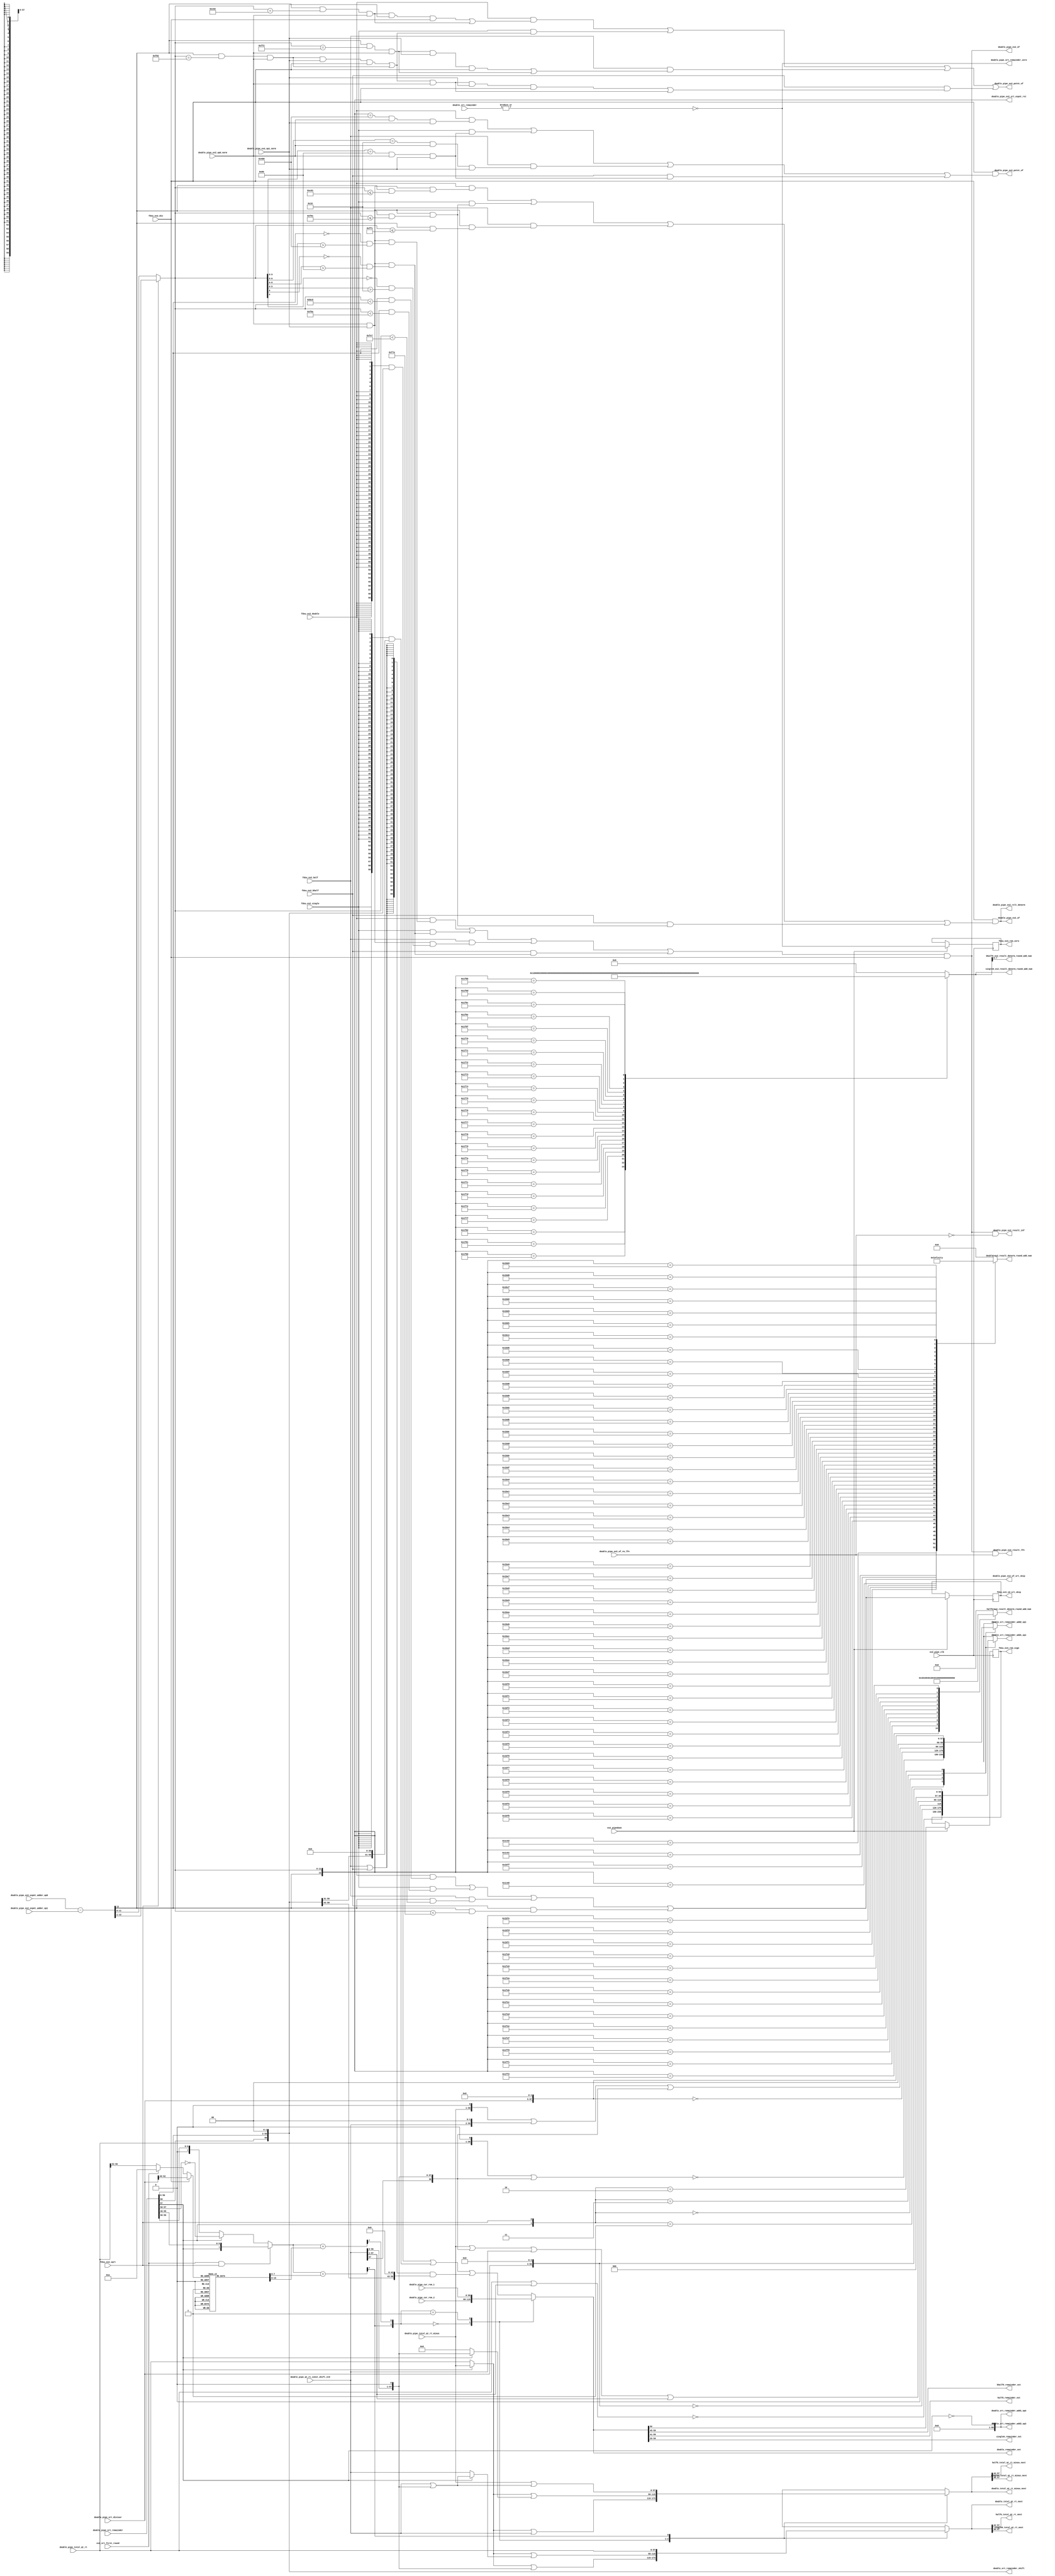
/*Copyright 2020-2021 T-Head Semiconductor Co., Ltd.

Licensed under the Apache License, Version 2.0 (the "License");
you may not use this file except in compliance with the License.
You may obtain a copy of the License at

    http://www.apache.org/licenses/LICENSE-2.0

Unless required by applicable law or agreed to in writing, software
distributed under the License is distributed on an "AS IS" BASIS,
WITHOUT WARRANTIES OR CONDITIONS OF ANY KIND, either express or implied.
See the License for the specific language governing permissions and
limitations under the License.
*/

// &ModuleBeg; @23
module aq_fdsu_srt(
  bhalf0_ex2_result_denorm_round_add_num,
  bhalf0_remainder_nxt,
  double_ex2_result_denorm_round_add_num,
  double_pipe_cur_rem_1,
  double_pipe_cur_rem_2,
  double_pipe_ex2_expnt_adder_op0,
  double_pipe_ex2_expnt_adder_op1,
  double_pipe_ex2_of,
  double_pipe_ex2_of_rm_lfn,
  double_pipe_ex2_op0_norm,
  double_pipe_ex2_op1_norm,
  double_pipe_ex2_potnt_of,
  double_pipe_ex2_potnt_uf,
  double_pipe_ex2_result_inf,
  double_pipe_ex2_result_lfn,
  double_pipe_ex2_rslt_denorm,
  double_pipe_ex2_srt_expnt_rst,
  double_pipe_ex2_uf,
  double_pipe_ex2_uf_srt_skip,
  double_pipe_qt_rt_const_shift_std,
  double_pipe_srt_divisor,
  double_pipe_srt_remainder,
  double_pipe_srt_remainder_zero,
  double_pipe_total_qt_rt,
  double_pipe_total_qt_rt_minus,
  double_remainder_nxt,
  double_srt_remainder,
  double_srt_remainder_add1_op1,
  double_srt_remainder_add1_op2,
  double_srt_remainder_add2_op1,
  double_srt_remainder_add2_op2,
  double_srt_remainder_shift,
  double_total_qt_rt_minus_next,
  double_total_qt_rt_next,
  ex2_pipe_clk,
  ex2_pipedown,
  ex2_srt_first_round,
  fdsu_ex2_bhalf,
  fdsu_ex2_div,
  fdsu_ex2_double,
  fdsu_ex2_half,
  fdsu_ex2_single,
  fdsu_ex2_sqrt,
  fdsu_ex3_id_srt_skip,
  fdsu_ex3_rem_sign,
  fdsu_ex3_rem_zero,
  half0_ex2_result_denorm_round_add_num,
  half0_remainder_nxt,
  half0_total_qt_rt_minus_next,
  half0_total_qt_rt_next,
  single0_ex2_result_denorm_round_add_num,
  single0_remainder_nxt,
  single0_total_qt_rt_minus_next,
  single0_total_qt_rt_next
);

// &Ports; @24
input   [59:0]  double_pipe_cur_rem_1;                  
input   [59:0]  double_pipe_cur_rem_2;                  
input   [12:0]  double_pipe_ex2_expnt_adder_op0;        
input   [12:0]  double_pipe_ex2_expnt_adder_op1;        
input           double_pipe_ex2_of_rm_lfn;              
input           double_pipe_ex2_op0_norm;               
input           double_pipe_ex2_op1_norm;               
input   [57:0]  double_pipe_qt_rt_const_shift_std;      
input   [52:0]  double_pipe_srt_divisor;                
input   [59:0]  double_pipe_srt_remainder;              
input   [57:0]  double_pipe_total_qt_rt;                
input   [57:0]  double_pipe_total_qt_rt_minus;          
input   [59:0]  double_srt_remainder;                   
input           ex2_pipe_clk;                           
input           ex2_pipedown;                           
input           ex2_srt_first_round;                    
input           fdsu_ex2_bhalf;                         
input           fdsu_ex2_div;                           
input           fdsu_ex2_double;                        
input           fdsu_ex2_half;                          
input           fdsu_ex2_single;                        
input           fdsu_ex2_sqrt;                          
output  [7 :0]  bhalf0_ex2_result_denorm_round_add_num; 
output  [14:0]  bhalf0_remainder_nxt;                   
output  [52:0]  double_ex2_result_denorm_round_add_num; 
output          double_pipe_ex2_of;                     
output          double_pipe_ex2_potnt_of;               
output          double_pipe_ex2_potnt_uf;               
output          double_pipe_ex2_result_inf;             
output          double_pipe_ex2_result_lfn;             
output          double_pipe_ex2_rslt_denorm;            
output  [12:0]  double_pipe_ex2_srt_expnt_rst;          
output          double_pipe_ex2_uf;                     
output          double_pipe_ex2_uf_srt_skip;            
output          double_pipe_srt_remainder_zero;         
output  [59:0]  double_remainder_nxt;                   
output  [59:0]  double_srt_remainder_add1_op1;          
output  [59:0]  double_srt_remainder_add1_op2;          
output  [59:0]  double_srt_remainder_add2_op1;          
output  [59:0]  double_srt_remainder_add2_op2;          
output  [59:0]  double_srt_remainder_shift;             
output  [57:0]  double_total_qt_rt_minus_next;          
output  [57:0]  double_total_qt_rt_next;                
output          fdsu_ex3_id_srt_skip;                   
output          fdsu_ex3_rem_sign;                      
output          fdsu_ex3_rem_zero;                      
output  [10:0]  half0_ex2_result_denorm_round_add_num;  
output  [18:0]  half0_remainder_nxt;                    
output  [15:0]  half0_total_qt_rt_minus_next;           
output  [15:0]  half0_total_qt_rt_next;                 
output  [23:0]  single0_ex2_result_denorm_round_add_num; 
output  [30:0]  single0_remainder_nxt;                  
output  [27:0]  single0_total_qt_rt_minus_next;         
output  [27:0]  single0_total_qt_rt_next;               

// &Regs; @25
reg     [59:0]  cur_rem;                                
reg     [7 :0]  digit_bound_1;                          
reg     [7 :0]  digit_bound_2;                          
reg     [52:0]  double_ex2_result_denorm_round_add_num; 
reg             fdsu_ex3_id_srt_skip;                   
reg             fdsu_ex3_rem_sign;                      
reg             fdsu_ex3_rem_zero;                      
reg     [10:0]  half0_ex2_result_denorm_round_add_num;  
reg     [7 :0]  qtrt_sel_rem;                           
reg     [59:0]  rem_add1_op1;                           
reg     [18:0]  rem_add1_op1_h;                         
reg     [30:0]  rem_add1_op1_s;                         
reg     [59:0]  rem_add2_op1;                           
reg     [18:0]  rem_add2_op1_h;                         
reg     [30:0]  rem_add2_op1_s;                         
reg     [23:0]  single0_ex2_result_denorm_round_add_num; 
reg     [57:0]  total_qt_rt_minus_next;                 
reg     [57:0]  total_qt_rt_next;                       

// &Wires; @26
wire    [7 :0]  bhalf0_ex2_result_denorm_round_add_num; 
wire    [14:0]  bhalf0_remainder_nxt;                   
wire    [7 :0]  bound1_cmp_result;                      
wire            bound1_cmp_sign;                        
wire    [7 :0]  bound2_cmp_result;                      
wire            bound2_cmp_sign;                        
wire    [3 :0]  bound_sel;                              
wire    [59:0]  div_qt_1_rem_add_op1;                   
wire    [18:0]  div_qt_1_rem_add_op1_h;                 
wire    [30:0]  div_qt_1_rem_add_op1_s;                 
wire    [59:0]  div_qt_2_rem_add_op1;                   
wire    [18:0]  div_qt_2_rem_add_op1_h;                 
wire    [30:0]  div_qt_2_rem_add_op1_s;                 
wire    [59:0]  div_qt_r1_rem_add_op1;                  
wire    [18:0]  div_qt_r1_rem_add_op1_h;                
wire    [30:0]  div_qt_r1_rem_add_op1_s;                
wire    [59:0]  div_qt_r2_rem_add_op1;                  
wire    [18:0]  div_qt_r2_rem_add_op1_h;                
wire    [30:0]  div_qt_r2_rem_add_op1_s;                
wire    [59:0]  double_pipe_cur_rem_1;                  
wire    [59:0]  double_pipe_cur_rem_2;                  
wire    [12:0]  double_pipe_ex2_expnt_adder_op0;        
wire    [12:0]  double_pipe_ex2_expnt_adder_op1;        
wire            double_pipe_ex2_of;                     
wire            double_pipe_ex2_of_rm_lfn;              
wire            double_pipe_ex2_op0_norm;               
wire            double_pipe_ex2_op1_norm;               
wire            double_pipe_ex2_potnt_of;               
wire            double_pipe_ex2_potnt_uf;               
wire            double_pipe_ex2_result_inf;             
wire            double_pipe_ex2_result_lfn;             
wire            double_pipe_ex2_rslt_denorm;            
wire    [12:0]  double_pipe_ex2_srt_expnt_rst;          
wire            double_pipe_ex2_uf;                     
wire            double_pipe_ex2_uf_srt_skip;            
wire    [57:0]  double_pipe_qt_rt_const_shift_std;      
wire    [52:0]  double_pipe_srt_divisor;                
wire    [59:0]  double_pipe_srt_remainder;              
wire            double_pipe_srt_remainder_zero;         
wire    [57:0]  double_pipe_total_qt_rt;                
wire    [57:0]  double_pipe_total_qt_rt_minus;          
wire    [59:0]  double_remainder_nxt;                   
wire    [59:0]  double_srt_remainder;                   
wire    [59:0]  double_srt_remainder_add1_op1;          
wire    [59:0]  double_srt_remainder_add1_op2;          
wire    [59:0]  double_srt_remainder_add2_op1;          
wire    [59:0]  double_srt_remainder_add2_op2;          
wire    [59:0]  double_srt_remainder_shift;             
wire            double_srt_remainder_zero;              
wire    [57:0]  double_total_qt_rt_minus_next;          
wire    [57:0]  double_total_qt_rt_next;                
wire            ex2_bhalf_div_of;                       
wire            ex2_bhalf_div_uf;                       
wire            ex2_bhalf_exp_potnt_of;                 
wire            ex2_bhalf_exp_potnt_uf;                 
wire            ex2_bhalf_expnt_of;                     
wire            ex2_bhalf_expnt_uf;                     
wire            ex2_bhalf_id_nor_srt_skip;              
wire            ex2_bhalf_potnt_of;                     
wire            ex2_bhalf_potnt_uf;                     
wire            ex2_div_of;                             
wire            ex2_doub_exp_potnt_of;                  
wire            ex2_doub_exp_potnt_uf;                  
wire            ex2_doub_expnt_of;                      
wire            ex2_doub_expnt_uf;                      
wire            ex2_doub_potnt_uf;                      
wire            ex2_double_div_of;                      
wire            ex2_double_div_uf;                      
wire            ex2_double_id_nor_srt_skip;             
wire            ex2_double_potnt_of;                    
wire    [12:0]  ex2_expnt_result;                       
wire            ex2_half_div_of;                        
wire            ex2_half_div_uf;                        
wire            ex2_half_exp_potnt_of;                  
wire            ex2_half_exp_potnt_uf;                  
wire            ex2_half_expnt_of;                      
wire            ex2_half_expnt_uf;                      
wire            ex2_half_id_nor_srt_skip;               
wire            ex2_half_potnt_of;                      
wire            ex2_half_potnt_uf;                      
wire            ex2_id_nor_srt_skip;                    
wire            ex2_of_plus;                            
wire            ex2_pipe_clk;                           
wire            ex2_pipedown;                           
wire            ex2_sing_exp_potnt_of;                  
wire            ex2_sing_exp_potnt_uf;                  
wire            ex2_sing_expnt_of;                      
wire            ex2_sing_expnt_uf;                      
wire            ex2_sing_potnt_uf;                      
wire            ex2_single_div_of;                      
wire            ex2_single_div_uf;                      
wire            ex2_single_id_nor_srt_skip;             
wire            ex2_single_potnt_of;                    
wire    [12:0]  ex2_sqrt_expnt_result;                  
wire    [12:0]  ex2_srt_expnt_rst;                      
wire            ex2_srt_first_round;                    
wire            ex2_uf;                                 
wire            ex2_uf_plus;                            
wire            fdsu_ex2_bhalf;                         
wire            fdsu_ex2_div;                           
wire            fdsu_ex2_double;                        
wire    [12:0]  fdsu_ex2_expnt_rst;                     
wire            fdsu_ex2_half;                          
wire            fdsu_ex2_of_rm_lfn;                     
wire            fdsu_ex2_op0_norm;                      
wire            fdsu_ex2_op1_norm;                      
wire            fdsu_ex2_result_lfn;                    
wire            fdsu_ex2_single;                        
wire            fdsu_ex2_sqrt;                          
wire    [18:0]  half0_remainder_nxt;                    
wire    [15:0]  half0_total_qt_rt_minus_next;           
wire    [15:0]  half0_total_qt_rt_next;                 
wire    [57:0]  qt_rt_const_pre_sel_q1;                 
wire    [57:0]  qt_rt_const_pre_sel_q2;                 
wire    [57:0]  qt_rt_const_q1;                         
wire    [57:0]  qt_rt_const_q2;                         
wire    [57:0]  qt_rt_const_q3;                         
wire    [57:0]  qt_rt_mins_const_pre_sel_q1;            
wire    [57:0]  qt_rt_mins_const_pre_sel_q2;            
wire            rem_sign;                               
wire    [30:0]  single0_remainder_nxt;                  
wire    [27:0]  single0_total_qt_rt_minus_next;         
wire    [27:0]  single0_total_qt_rt_next;               
wire    [59:0]  sqrt_qt_1_rem_add_op1;                  
wire    [18:0]  sqrt_qt_1_rem_add_op1_h;                
wire    [30:0]  sqrt_qt_1_rem_add_op1_s;                
wire    [59:0]  sqrt_qt_2_rem_add_op1;                  
wire    [18:0]  sqrt_qt_2_rem_add_op1_h;                
wire    [30:0]  sqrt_qt_2_rem_add_op1_s;                
wire    [59:0]  sqrt_qt_r1_rem_add_op1;                 
wire    [18:0]  sqrt_qt_r1_rem_add_op1_h;               
wire    [30:0]  sqrt_qt_r1_rem_add_op1_s;               
wire    [59:0]  sqrt_qt_r2_rem_add_op1;                 
wire    [18:0]  sqrt_qt_r2_rem_add_op1_h;               
wire    [30:0]  sqrt_qt_r2_rem_add_op1_s;               
wire    [59:0]  srt_remainder_shift;                    
wire    [59:0]  srt_remainder_shift_cur;                
wire    [18:0]  srt_remainder_shift_h;                  
wire    [30:0]  srt_remainder_shift_s;                  
wire            srt_remainder_sign;                     
wire            srt_remainder_zero;                     
wire    [57:0]  total_qt_rt_pre_sel;                    


//assign fdsu_ex2_div             = fdsu_yy_div;
//assign fdsu_ex2_sqrt            = fdsu_yy_sqrt;
assign fdsu_ex2_op0_norm        = double_pipe_ex2_op0_norm;
assign fdsu_ex2_op1_norm        = double_pipe_ex2_op1_norm;
assign fdsu_ex2_of_rm_lfn       = double_pipe_ex2_of_rm_lfn;
assign fdsu_ex2_result_lfn      = 1'b0;

//==========================================================
//                    EX2 Expnt Generate
//==========================================================
//expnt0 sub expnt1
assign ex2_expnt_result[12:0] =  double_pipe_ex2_expnt_adder_op0[12:0] -
                                 double_pipe_ex2_expnt_adder_op1[12:0];

//===================sqrt exponent prepare==================
//sqrt exponent prepare
//afert E sub, div E by 2
assign ex2_sqrt_expnt_result[12:0] = {ex2_expnt_result[12],
                                      ex2_expnt_result[12:1]};

assign ex2_srt_expnt_rst[12:0] = (fdsu_ex2_sqrt)
                               ? ex2_sqrt_expnt_result[12:0]
                               : ex2_expnt_result[12:0];
assign double_pipe_ex2_srt_expnt_rst[12:0] = ex2_srt_expnt_rst[12:0];
assign fdsu_ex2_expnt_rst[12:0]            = ex2_srt_expnt_rst[12:0];


//====================EX2 Expt info=========================
//EX1 only detect of/uf under id condition
//EX2 will deal with other condition

//========================EX2 Overflow======================
//When input is normal, overflow when E1-E2 > 16/128/1024
assign ex2_doub_expnt_of = ~fdsu_ex2_expnt_rst[12] && (fdsu_ex2_expnt_rst[11:0] > 12'd1024);
assign ex2_sing_expnt_of = ~fdsu_ex2_expnt_rst[9] && (fdsu_ex2_expnt_rst[8:0] > 9'd128);
assign ex2_half_expnt_of = ~fdsu_ex2_expnt_rst[6] && (fdsu_ex2_expnt_rst[5:0] > 6'd16);
assign ex2_bhalf_expnt_of = ex2_sing_expnt_of;
//ex2 overflow when
//  1.op0 & op1 both norm && expnt overflow
//  2.ex1_id_of
// //&Force("output","ex2_of"); @68
assign double_pipe_ex2_of      = ex2_of_plus;
assign ex2_of_plus = ex2_div_of  && fdsu_ex2_div;
assign ex2_double_div_of  = fdsu_ex2_op0_norm &&
                            fdsu_ex2_op1_norm &&
                            ex2_doub_expnt_of;
assign ex2_single_div_of  = fdsu_ex2_op0_norm &&
                            fdsu_ex2_op1_norm &&
                            ex2_sing_expnt_of;
assign ex2_half_div_of    = fdsu_ex2_op0_norm &&
                            fdsu_ex2_op1_norm &&
                            ex2_half_expnt_of;
assign ex2_bhalf_div_of   = fdsu_ex2_op0_norm &&
                            fdsu_ex2_op1_norm &&
                            ex2_bhalf_expnt_of;
assign ex2_div_of         = fdsu_ex2_double && ex2_double_div_of || 
                            fdsu_ex2_single && ex2_single_div_of ||
                            fdsu_ex2_half   && ex2_half_div_of   ||
                            fdsu_ex2_bhalf  && ex2_bhalf_div_of;

//potential overflow when E1-E2 = 128/1024
assign ex2_doub_exp_potnt_of  = fdsu_ex2_expnt_rst[12:0] == 13'd1024;
assign ex2_sing_exp_potnt_of  = fdsu_ex2_expnt_rst[9:0]  == 10'd128;
assign ex2_half_exp_potnt_of  = fdsu_ex2_expnt_rst[6:0]  == 7'd16;
assign ex2_bhalf_exp_potnt_of = ex2_sing_exp_potnt_of;
assign ex2_double_potnt_of      = ex2_doub_exp_potnt_of &&
                                  fdsu_ex2_op0_norm &&
                                  fdsu_ex2_op1_norm;
assign ex2_single_potnt_of      = ex2_sing_exp_potnt_of &&
                                  fdsu_ex2_op0_norm &&
                                  fdsu_ex2_op1_norm;
assign ex2_half_potnt_of        = ex2_half_exp_potnt_of &&
                                  fdsu_ex2_op0_norm &&
                                  fdsu_ex2_op1_norm;
assign ex2_bhalf_potnt_of       = ex2_bhalf_exp_potnt_of &&
                                  fdsu_ex2_op0_norm &&
                                  fdsu_ex2_op1_norm;
assign double_pipe_ex2_potnt_of = fdsu_ex2_div  && (
                                  fdsu_ex2_double && ex2_double_potnt_of ||
                                  fdsu_ex2_single && ex2_single_potnt_of ||
                                  fdsu_ex2_half   && ex2_half_potnt_of   ||
                                  fdsu_ex2_bhalf  && ex2_bhalf_potnt_of);

//=======================EX2 Underflow======================
//When input is normal, underflow when E1-E2 <= -127/-1023
assign  ex2_doub_expnt_uf = fdsu_ex2_expnt_rst[12] && (fdsu_ex2_expnt_rst[11:0] <= 12'hc01);
assign ex2_sing_expnt_uf  = fdsu_ex2_expnt_rst[12] &&(fdsu_ex2_expnt_rst[11:0] <= 12'hf81);
assign ex2_half_expnt_uf  = fdsu_ex2_expnt_rst[12] &&(fdsu_ex2_expnt_rst[11:0] <= 12'hff1);
assign ex2_bhalf_expnt_uf = ex2_sing_expnt_uf;
//ex2 underflow when
//  1.op0 & op1 both norm && expnt underflow
//  2.ex1_id_uf
//  and detect when to skip the srt, here, we have further optmization
assign ex2_uf      = ex2_uf_plus;
assign ex2_uf_plus = fdsu_ex2_div && (
                     fdsu_ex2_double && ex2_double_div_uf || 
                     fdsu_ex2_single && ex2_single_div_uf ||
                     fdsu_ex2_half   && ex2_half_div_uf   ||
                     fdsu_ex2_bhalf  && ex2_bhalf_div_uf);
assign ex2_double_div_uf  = fdsu_ex2_op0_norm &&
                           fdsu_ex2_op1_norm &&
                           ex2_doub_expnt_uf;
assign ex2_single_div_uf  = fdsu_ex2_op0_norm &&
                            fdsu_ex2_op1_norm &&
                            ex2_sing_expnt_uf; 
assign ex2_half_div_uf    = fdsu_ex2_op0_norm &&
                            fdsu_ex2_op1_norm &&
                            ex2_half_expnt_uf;
assign ex2_bhalf_div_uf   = fdsu_ex2_op0_norm &&
                            fdsu_ex2_op1_norm &&
                            ex2_bhalf_expnt_uf;


// srt underflow skip
assign ex2_double_id_nor_srt_skip =  fdsu_ex2_expnt_rst[12]
                                     && (fdsu_ex2_expnt_rst[11:0]<12'hbcd);
assign ex2_single_id_nor_srt_skip =  fdsu_ex2_expnt_rst[12]
                                     && (fdsu_ex2_expnt_rst[11:0]<12'hf6a);
assign ex2_half_id_nor_srt_skip   =  fdsu_ex2_expnt_rst[12]
                                     && (fdsu_ex2_expnt_rst[11:0]<12'hfe7);
assign ex2_bhalf_id_nor_srt_skip   =  fdsu_ex2_expnt_rst[12]
                                     && (fdsu_ex2_expnt_rst[11:0]<12'hf7a); 

assign ex2_id_nor_srt_skip        = fdsu_ex2_double && ex2_double_id_nor_srt_skip || 
                                    fdsu_ex2_single && ex2_single_id_nor_srt_skip || 
                                    fdsu_ex2_half   && ex2_half_id_nor_srt_skip   || 
                                    fdsu_ex2_bhalf  && ex2_bhalf_id_nor_srt_skip;
assign double_pipe_ex2_uf_srt_skip            = ex2_id_nor_srt_skip;


//potential underflow when E1-E2 = -126/-1022
assign ex2_doub_exp_potnt_uf = fdsu_ex2_expnt_rst[12] && (fdsu_ex2_expnt_rst[11:0] == 12'hc02);
assign ex2_sing_exp_potnt_uf = fdsu_ex2_expnt_rst[12] && (fdsu_ex2_expnt_rst[11:0] == 12'hf82);
assign ex2_half_exp_potnt_uf = fdsu_ex2_expnt_rst[12] && (fdsu_ex2_expnt_rst[11:0] == 12'hff2);
assign ex2_bhalf_exp_potnt_uf= ex2_sing_potnt_uf;
assign double_pipe_ex2_potnt_uf          = fdsu_ex2_double && ex2_doub_potnt_uf || 
                               fdsu_ex2_single && ex2_sing_potnt_uf ||
                               fdsu_ex2_half   && ex2_half_potnt_uf ||
                               fdsu_ex2_bhalf  && ex2_bhalf_potnt_uf;
assign ex2_doub_potnt_uf      = (ex2_doub_exp_potnt_uf &&
                            fdsu_ex2_op0_norm &&
                            fdsu_ex2_op1_norm &&
                            fdsu_ex2_div)     ||
                           (ex2_doub_exp_potnt_uf &&
                            fdsu_ex2_op0_norm);
assign ex2_sing_potnt_uf      = (ex2_sing_exp_potnt_uf &&
                            fdsu_ex2_op0_norm &&
                            fdsu_ex2_op1_norm &&
                            fdsu_ex2_div)     ||
                           (ex2_sing_exp_potnt_uf &&
                            fdsu_ex2_op0_norm);
assign ex2_half_potnt_uf      = (ex2_half_exp_potnt_uf &&
                            fdsu_ex2_op0_norm &&
                            fdsu_ex2_op1_norm &&
                            fdsu_ex2_div)     ||
                           (ex2_half_exp_potnt_uf &&
                            fdsu_ex2_op0_norm);
assign ex2_bhalf_potnt_uf      = (ex2_bhalf_exp_potnt_uf &&
                            fdsu_ex2_op0_norm &&
                            fdsu_ex2_op1_norm &&
                            fdsu_ex2_div)     ||
                           (ex2_bhalf_exp_potnt_uf &&
                            fdsu_ex2_op0_norm);



//===================special result========================
assign double_pipe_ex2_result_inf  = ex2_of_plus && !fdsu_ex2_of_rm_lfn;
assign double_pipe_ex2_result_lfn  = fdsu_ex2_result_lfn ||
                                     ex2_of_plus &&  fdsu_ex2_of_rm_lfn;
assign double_pipe_ex2_rslt_denorm     = ex2_uf;

                       
//===============ex2 round prepare for denormal round======
// &CombBeg; @202
always @( fdsu_ex2_expnt_rst[12:0])
begin
case(fdsu_ex2_expnt_rst[12:0])
  13'h1c02:double_ex2_result_denorm_round_add_num[52:0] = 53'h1; //-1022 1
  13'h1c01:double_ex2_result_denorm_round_add_num[52:0] = 53'h2; //-1023 0
  13'h1c00:double_ex2_result_denorm_round_add_num[52:0] = 53'h4; //-1024 -1
  13'h1bff:double_ex2_result_denorm_round_add_num[52:0] = 53'h8; //-1025 -2
  13'h1bfe:double_ex2_result_denorm_round_add_num[52:0] = 53'h10; //-1026 -3
  13'h1bfd:double_ex2_result_denorm_round_add_num[52:0] = 53'h20; //-1027 -4
  13'h1bfc:double_ex2_result_denorm_round_add_num[52:0] = 53'h40; //-1028 -5
  13'h1bfb:double_ex2_result_denorm_round_add_num[52:0] = 53'h80; //-1029 -6
  13'h1bfa:double_ex2_result_denorm_round_add_num[52:0] = 53'h100; //-1030 -7
  13'h1bf9:double_ex2_result_denorm_round_add_num[52:0] = 53'h200; //-1031 -8
  13'h1bf8:double_ex2_result_denorm_round_add_num[52:0] = 53'h400; //-1032 -9
  13'h1bf7:double_ex2_result_denorm_round_add_num[52:0] = 53'h800; //-1033 -10
  13'h1bf6:double_ex2_result_denorm_round_add_num[52:0] = 53'h1000; //-1034 -11
  13'h1bf5:double_ex2_result_denorm_round_add_num[52:0] = 53'h2000; //-1035 -12
  13'h1bf4:double_ex2_result_denorm_round_add_num[52:0] = 53'h4000; //-1036 -13
  13'h1bf3:double_ex2_result_denorm_round_add_num[52:0] = 53'h8000; // -1037
  13'h1bf2:double_ex2_result_denorm_round_add_num[52:0] = 53'h10000;//-1038
  13'h1bf1:double_ex2_result_denorm_round_add_num[52:0] = 53'h20000;//-1039
  13'h1bf0:double_ex2_result_denorm_round_add_num[52:0] = 53'h40000; //-1040
  13'h1bef:double_ex2_result_denorm_round_add_num[52:0] = 53'h80000; //-1041
  13'h1bee:double_ex2_result_denorm_round_add_num[52:0] = 53'h100000; //-1042
  13'h1bed:double_ex2_result_denorm_round_add_num[52:0] = 53'h200000; //-1043
  13'h1bec:double_ex2_result_denorm_round_add_num[52:0] = 53'h400000; //-1044
  13'h1beb:double_ex2_result_denorm_round_add_num[52:0] = 53'h800000; //-1045
  13'h1bea:double_ex2_result_denorm_round_add_num[52:0] = 53'h1000000;//-1046
  13'h1be9:double_ex2_result_denorm_round_add_num[52:0] = 53'h2000000;//-1047
  13'h1be8:double_ex2_result_denorm_round_add_num[52:0] = 53'h4000000; //-1048
  13'h1be7:double_ex2_result_denorm_round_add_num[52:0] = 53'h8000000; //-1049
  13'h1be6:double_ex2_result_denorm_round_add_num[52:0] = 53'h10000000;//-1050
  13'h1be5:double_ex2_result_denorm_round_add_num[52:0] = 53'h20000000; //-1051
  13'h1be4:double_ex2_result_denorm_round_add_num[52:0] = 53'h40000000; //-1052
  13'h1be3:double_ex2_result_denorm_round_add_num[52:0] = 53'h80000000; //-1053
  13'h1be2:double_ex2_result_denorm_round_add_num[52:0] = 53'h100000000; //-1054
  13'h1be1:double_ex2_result_denorm_round_add_num[52:0] = 53'h200000000; //-1055
  13'h1be0:double_ex2_result_denorm_round_add_num[52:0] = 53'h400000000; //-1056
  13'h1bdf:double_ex2_result_denorm_round_add_num[52:0] = 53'h800000000; //-1057
  13'h1bde:double_ex2_result_denorm_round_add_num[52:0] = 53'h1000000000; //-1058
  13'h1bdd:double_ex2_result_denorm_round_add_num[52:0] = 53'h2000000000; //-1059
  13'h1bdc:double_ex2_result_denorm_round_add_num[52:0] = 53'h4000000000; //-1060
  13'h1bdb:double_ex2_result_denorm_round_add_num[52:0] = 53'h8000000000; //-1061
  13'h1bda:double_ex2_result_denorm_round_add_num[52:0] = 53'h10000000000; //-1062
  13'h1bd9:double_ex2_result_denorm_round_add_num[52:0] = 53'h20000000000; //-1063
  13'h1bd8:double_ex2_result_denorm_round_add_num[52:0] = 53'h40000000000; //-1064
  13'h1bd7:double_ex2_result_denorm_round_add_num[52:0] = 53'h80000000000; //-1065
  13'h1bd6:double_ex2_result_denorm_round_add_num[52:0] = 53'h100000000000; //-1066
  13'h1bd5:double_ex2_result_denorm_round_add_num[52:0] = 53'h200000000000; //-1067
  13'h1bd4:double_ex2_result_denorm_round_add_num[52:0] = 53'h400000000000; //-1068
  13'h1bd3:double_ex2_result_denorm_round_add_num[52:0] = 53'h800000000000; //-1069
  13'h1bd2:double_ex2_result_denorm_round_add_num[52:0] = 53'h1000000000000;//-1070
  13'h1bd1:double_ex2_result_denorm_round_add_num[52:0] = 53'h2000000000000; //-1071
  13'h1bd0:double_ex2_result_denorm_round_add_num[52:0] = 53'h4000000000000; //-1072
  13'h1bcf:double_ex2_result_denorm_round_add_num[52:0] = 53'h8000000000000; //-1073
  13'h1bce:double_ex2_result_denorm_round_add_num[52:0] = 53'h10000000000000; //-1073
  default: double_ex2_result_denorm_round_add_num[52:0] = 53'h0;
endcase
// &CombEnd; @259
end
// &CombBeg; @260
always @( fdsu_ex2_expnt_rst[12:0])
begin
case(fdsu_ex2_expnt_rst[12:0])
  13'h1f82:single0_ex2_result_denorm_round_add_num[23:0] = 24'h1; //-126 1
  13'h1f81:single0_ex2_result_denorm_round_add_num[23:0] = 24'h2; //-127 0
  13'h1f80:single0_ex2_result_denorm_round_add_num[23:0] = 24'h4; //-128 -1
  13'h1f7f:single0_ex2_result_denorm_round_add_num[23:0] = 24'h8; //-129 -2
  13'h1f7e:single0_ex2_result_denorm_round_add_num[23:0] = 24'h10; //-130 -3
  13'h1f7d:single0_ex2_result_denorm_round_add_num[23:0] = 24'h20; //-131 -4
  13'h1f7c:single0_ex2_result_denorm_round_add_num[23:0] = 24'h40; //-132 -5
  13'h1f7b:single0_ex2_result_denorm_round_add_num[23:0] = 24'h80; //-133 -6
  13'h1f7a:single0_ex2_result_denorm_round_add_num[23:0] = 24'h100; //-134 -7
  13'h1f79:single0_ex2_result_denorm_round_add_num[23:0] = 24'h200; //-135 -8
  13'h1f78:single0_ex2_result_denorm_round_add_num[23:0] = 24'h400; //-136 -9
  13'h1f77:single0_ex2_result_denorm_round_add_num[23:0] = 24'h800; //-137 -10
  13'h1f76:single0_ex2_result_denorm_round_add_num[23:0] = 24'h1000; //-138 -11
  13'h1f75:single0_ex2_result_denorm_round_add_num[23:0] = 24'h2000; //-139 -12
  13'h1f74:single0_ex2_result_denorm_round_add_num[23:0] = 24'h4000; //-140 -13
  13'h1f73:single0_ex2_result_denorm_round_add_num[23:0] = 24'h8000; // -141 -14
  13'h1f72:single0_ex2_result_denorm_round_add_num[23:0] = 24'h10000;//-142  -15
  13'h1f71:single0_ex2_result_denorm_round_add_num[23:0] = 24'h20000;//-143 -16
  13'h1f70:single0_ex2_result_denorm_round_add_num[23:0] = 24'h40000; //-144 -17
  13'h1f6f:single0_ex2_result_denorm_round_add_num[23:0] = 24'h80000; //-145 -18
  13'h1f6e:single0_ex2_result_denorm_round_add_num[23:0] = 24'h100000; //-146 -19
  13'h1f6d:single0_ex2_result_denorm_round_add_num[23:0] = 24'h200000; //-147 -20
  13'h1f6c:single0_ex2_result_denorm_round_add_num[23:0] = 24'h400000; //-148 -21
  13'h1f6b:single0_ex2_result_denorm_round_add_num[23:0] = 24'h800000; //-148 -22
  default: single0_ex2_result_denorm_round_add_num[23:0] = 24'h0;  // -23
endcase
// &CombEnd; @288
end
// &Force("output","single0_ex2_result_denorm_round_add_num"); @289
// &CombBeg; @290
always @( fdsu_ex2_expnt_rst[12:0])
begin
case(fdsu_ex2_expnt_rst[12:0])
  13'h1ff2:half0_ex2_result_denorm_round_add_num[10:0] = 11'h1; //-14 1
  13'h1ff1:half0_ex2_result_denorm_round_add_num[10:0] = 11'h2; //-15 0
  13'h1ff0:half0_ex2_result_denorm_round_add_num[10:0] = 11'h4; //-16 -1
  13'h1fef:half0_ex2_result_denorm_round_add_num[10:0] = 11'h8; //-17 -2
  13'h1fee:half0_ex2_result_denorm_round_add_num[10:0] = 11'h10; //-18 -3
  13'h1fed:half0_ex2_result_denorm_round_add_num[10:0] = 11'h20; //-19 -4
  13'h1fec:half0_ex2_result_denorm_round_add_num[10:0] = 11'h40; //-20 -5
  13'h1feb:half0_ex2_result_denorm_round_add_num[10:0] = 11'h80; //-21 -6
  13'h1fea:half0_ex2_result_denorm_round_add_num[10:0] = 11'h100; //-22 -7
  13'h1fe9:half0_ex2_result_denorm_round_add_num[10:0] = 11'h200; //-23 -8
  13'h1fe8:half0_ex2_result_denorm_round_add_num[10:0] = 11'h400; //-24 -9
  default: half0_ex2_result_denorm_round_add_num[10:0] = 11'h0;  // -25
endcase
// &CombEnd; @305
end
assign bhalf0_ex2_result_denorm_round_add_num[7:0] = single0_ex2_result_denorm_round_add_num[7:0];

//assign ex2_result_denorm_round_add_num[52:0] = fdsu_ex2_double ?
//                                               ex2_result_double_denorm_round_add_num[52:0] :
//                                               ex2_result_single_denorm_round_add_num[52:0];





//====================Pipe to EX3===========================
//always @(posedge ex1_ex2_pipe_clk)
//begin
//  if(ex1_pipedown)
//  begin
//    fdsu_ex3_result_denorm_round_add_num[52:0]
//                              <= {40'b0, ex1_expnt_adder_op1[12:0]};
//  end
//  else if(ex2_pipedown)
//  begin
//    fdsu_ex3_result_denorm_round_add_num[52:0]
//                              <= ex2_result_denorm_round_add_num[52:0];
//  end
//  else
//  begin
//    fdsu_ex3_result_denorm_round_add_num[52:0]
//                              <= fdsu_ex3_result_denorm_round_add_num[52:0];
//  end
//end
//assign ex2_expnt_adder_op1 = fdsu_ex3_result_denorm_round_add_num[12:0];

//assign ex1_ex2_pipe_clk_en = ex1_pipedown_gate || ex2_pipedown;
//&Instance("gated_clk_cell", "x_ex1_ex2_pipe_clk");
// //&Connect(.clk_in      (forever_cpuclk), @339
// //         .external_en (1'b0), @340
// //         .global_en   (cp0_yy_clk_en), @341
// //         .module_en   (1'b0), @342
// //         .local_en    (ex1_ex2_pipe_clk_en), @343
// //         .clk_out     (ex1_ex2_pipe_clk)); @344

always @(posedge ex2_pipe_clk)
begin
  if(ex2_pipedown)
  begin
    fdsu_ex3_rem_sign        <= srt_remainder_sign;
    fdsu_ex3_rem_zero        <= srt_remainder_zero;
    fdsu_ex3_id_srt_skip     <= ex2_id_nor_srt_skip;
  end
  else
  begin
    fdsu_ex3_rem_sign        <= fdsu_ex3_rem_sign;
    fdsu_ex3_rem_zero        <= fdsu_ex3_rem_zero;
    fdsu_ex3_id_srt_skip    <=  fdsu_ex3_id_srt_skip;
  end
end

// &Force("output","fdsu_ex3_rem_sign"); @362
// &Force("output","fdsu_ex3_rem_zero"); @363
// //&Force("output","fdsu_ex3_result_denorm_round_add_num"); @364
// &Force("output","fdsu_ex3_id_srt_skip"); @365

//==========================================================
//    SRT Remainder & Divisor for Quotient/Root Generate
//==========================================================

//===================Remainder Generate=====================
//gate clk
// &Instance("gated_clk_cell","x_srt_rem_clk");
// // &Connect( .clk_in         (forever_cpuclk), @374
// //           .clk_out        (srt_rem_clk),//Out Clock @375
// //           .external_en    (1'b0), @376
// //           .global_en      (cp0_yy_clk_en), @377
// //           .local_en       (srt_rem_clk_en),//Local Condition @378
// //           .module_en      (1'b0) @379
// //         ); @380
// assign srt_rem_clk_en = ex1_pipedown ||
//                         srt_sm_on;

//always @(posedge qt_clk)
//begin
//  if (ex1_pipedown)
//    srt_remainder[59:0] <= ex1_remainder[59:0];
//  else if (srt_sm_on)
//    srt_remainder[59:0] <= srt_remainder_nxt[59:0];
//  else
//    srt_remainder[59:0] <= srt_remainder[59:0];
//end
//
////=====================Divisor Generate=====================
////gate clk
//&Instance("gated_clk_cell","x_srt_div_clk");
// //&Connect( .clk_in         (forever_cpuclk), @397
// //          .clk_out        (srt_div_clk),//Out Clock @398
// //          .external_en    (1'b0), @399
// //          .global_en      (cp0_yy_clk_en), @400
// //          .local_en       (srt_div_clk_en),//Local Condition @401
// //          .module_en      (1'b0) @402
// //        ); @403
//assign srt_div_clk_en = ex1_pipedown_gate
//                     || ex1_save_op0_gate
//                     || ex3_pipedown;
//// final_rst saved in srt_divisor.
//// srt_divisor is 53 bits, final_rst is 55 bits.
//always @(posedge srt_div_clk)
//begin
//  if (ex1_save_op0)
//    srt_divisor[54:0] <= {3'b0, {ex1_oper_id_frac[51:0]}};
//  else if (ex1_pipedown)
//    srt_divisor[54:0] <= {2'b0, ex1_divisor[52:0]};
//  else if (ex3_pipedown)
//    srt_divisor[54:0] <= ex3_frac_final_rst[54:0];
//  else
//    srt_divisor[54:0] <= srt_divisor[54:0];
//end
//assign ex1_oper_id_frac_f[51:0] = srt_divisor[51:0];
//assign fdsu_ex4_frac[54:0] = srt_divisor[54:0];

//=======================Bound Select=======================
//---------------------------------------+
// K   | 8 | 9 | 10| 11| 12| 13| 14|15,16|
//---------------------------------------+
//32S1 | 7 | 7 | 8 | 9 | 9 | 10| 11|  12 |
//---------------------------------------+
//32S2 | 25| 28| 31| 33| 36| 39| 41|  47 |
//---------------------------------------+

//bound_sel[3:0]
//For div,  use divisor high four bit as K
//For sqrt, use 2qi high four bit as K next round and
//          use 1010 as K first round
  
assign bound_sel[3:0] = (fdsu_ex2_div)
                      ? double_pipe_srt_divisor[52:49]
                      : (ex2_srt_first_round)
                        ? 4'b1010
                        : double_pipe_total_qt_rt[56:53];
//Select bound as look up table
//   K = bound_sel[3:0]
//32S1 = digit_bound_1[7:0]
//32s2 = digit_bound_2[7:0]
// &CombBeg; @446
always @( bound_sel[3:0])
begin
case(bound_sel[3:0])
4'b0000:       //when first interation get "10", choose k=16
   begin
     digit_bound_1[7:0] = 8'b11110100;//-12
     digit_bound_2[7:0] = 8'b11010001;//-47
   end
4'b1000:
   begin
     digit_bound_1[7:0] = 8'b11111001;//-7
     digit_bound_2[7:0] = 8'b11100111;//-25
   end
4'b1001:
   begin
     digit_bound_1[7:0] = 8'b11111001;//-7
     digit_bound_2[7:0] = 8'b11100100;//-28
   end
4'b1010:
   begin
     digit_bound_1[7:0] = 8'b11111000;//-8
     digit_bound_2[7:0] = 8'b11100001;//-31
   end
4'b1011:
   begin
     digit_bound_1[7:0] = 8'b11110111;//-9
     digit_bound_2[7:0] = 8'b11011111;//-33
   end
4'b1100:
   begin
     digit_bound_1[7:0] = 8'b11110111;//-9
     digit_bound_2[7:0] = 8'b11011100;//-36
   end
4'b1101:
   begin
     digit_bound_1[7:0] = 8'b11110110;//-10
     digit_bound_2[7:0] = 8'b11011001;//-39
   end
4'b1110:
   begin
     digit_bound_1[7:0] = 8'b11110101;//-11
     digit_bound_2[7:0] = 8'b11010111;//-41
   end
4'b1111:
   begin
     digit_bound_1[7:0] = 8'b11110100;//-12
     digit_bound_2[7:0] = 8'b11010001;//-47
   end
default:
   begin
     digit_bound_1[7:0] = 8'b11111001;//-7
     digit_bound_2[7:0] = 8'b11100111;//-25
   end
endcase
// &CombEnd; @499
end

//==============Prepare for quotient generate===============
assign bound1_cmp_result[7:0] = qtrt_sel_rem[7:0] + digit_bound_1[7:0];
assign bound2_cmp_result[7:0] = qtrt_sel_rem[7:0] + digit_bound_2[7:0];
assign bound1_cmp_sign        = bound1_cmp_result[7];
assign bound2_cmp_sign        = bound2_cmp_result[7];
assign rem_sign               = double_pipe_srt_remainder[57];

//qtrt_sel_rem is use to select quotient
//Only when sqrt first round use 8R0 select quotient(special rule)
//4R0 is used to select quotient on other condition
//For negative remaider, we use ~rem not (~rem + 1)
//Because  bound1 <=  rem   <   bound2, when positive rem
//        -bound2 <=  rem   <  -bound1, when negative rem
//Thus     bound1 <  -rem   <=  bound2, when negative rem
//Thus     bound1 <= -rem-1 <   bound2, when negative rem
//Thus     bound1 <= ~rem   <   bound2, when negative rem
//srt_remainder[57] used as sign bit
// &CombBeg; @518
always @( ex2_srt_first_round
       or fdsu_ex2_sqrt
       or double_pipe_srt_remainder[57:49])
begin
if(ex2_srt_first_round && fdsu_ex2_sqrt)
  qtrt_sel_rem[7:0] = {double_pipe_srt_remainder[57],   double_pipe_srt_remainder[55:49]};
else
  qtrt_sel_rem[7:0] =  double_pipe_srt_remainder[57] ? ~double_pipe_srt_remainder[57:50]
                                         :  double_pipe_srt_remainder[57:50];
// &CombEnd; @524
end

////==========================================================
////     on fly round method to generate total quotient
////==========================================================
////gate clk
//&Instance("gated_clk_cell","x_qt_clk");
// //&Connect( .clk_in         (forever_cpuclk), @531
// //          .clk_out        (qt_clk),//Out Clock @532
// //          .external_en    (1'b0), @533
// //          .global_en      (cp0_yy_clk_en), @534
// //          .local_en       (qt_clk_en),//Local Condition @535
// //          .module_en      (1'b0) @536
// //        ); @537
//assign qt_clk_en = srt_sm_on ||
//                   ex1_pipedown_gate;
//
////qt_rt_const_shift_std[57:0] is const data for on fly round
////                which is used to record the times of round
////
////total_qt_rt[57:0]       is total quotient
////total_qt_rt_minus[57:0] is total quotient minus
////                which is used to generate quotient rapidly
//always @(posedge qt_clk)
//begin
//  if(ex1_pipedown)
//  begin
//    qt_rt_const_shift_std[57:0] <= {1'b0,1'b1,56'b0};
//    total_qt_rt_58[57:0]        <= 58'b0;
//    total_qt_rt_minus_58[57:0]  <= 58'b0;
//  end
//  else if(srt_sm_on)
//  begin
//    qt_rt_const_shift_std[57:0] <= qt_rt_const_shift_std_next[57:0];
//    total_qt_rt_58[57:0]        <= total_qt_rt_58_next[57:0];
//    total_qt_rt_minus_58[57:0]  <= total_qt_rt_minus_58_next[57:0];
//  end
//  else
//  begin
//    qt_rt_const_shift_std[57:0] <= qt_rt_const_shift_std[57:0];
//    total_qt_rt_58[57:0]        <= total_qt_rt_58[57:0];
//    total_qt_rt_minus_58[57:0]  <= total_qt_rt_minus_58[57:0];
//  end
//end
// //&Force("output","total_qt_rt_58"); @568

//qt_rt_const_q1/q2/q3 for shift 1/2/3 in
assign qt_rt_const_q1[57:0] =  double_pipe_qt_rt_const_shift_std[57:0];
assign qt_rt_const_q2[57:0] = {double_pipe_qt_rt_const_shift_std[56:0],1'b0};
assign qt_rt_const_q3[57:0] =  qt_rt_const_q1[57:0] |
                               qt_rt_const_q2[57:0];
//qt_rt_const update value
//assign qt_rt_const_shift_std_next[57:0] = {2'b0, double_pipe_qt_rt_const_shift_std[57:2]};

//========total_qt_rt & total_qt_rt_minus update value======
//q(i+1) is the total quotient/root after the (i+1) digit
//is calculated
//                 q(i+1)             qm(i+1)
//d(i+1)=-2     qm(i)+2*shift      qm(i)+1*shift
//d(i+1)=-1     qm(i)+3*shift      qm(i)+2*shift
//d(i+1)=0      q(i)               qm(i)+3*shift
//d(i+1)=1      q(i)+1*shift       q(i)
//d(i+1)=2      q(i)+2*shift       q(i)+1*shift
//Note:
//shift = 4^(-i-1), qm(i+1)=q(i+1)-shift

//pre select for quotient
assign total_qt_rt_pre_sel[57:0]         = (rem_sign) ?
                                           double_pipe_total_qt_rt_minus[57:0] :
                                           double_pipe_total_qt_rt[57:0];
//when the quotient is 2 or -2
assign qt_rt_const_pre_sel_q2[57:0]      = qt_rt_const_q2[57:0];
assign qt_rt_mins_const_pre_sel_q2[57:0] = qt_rt_const_q1[57:0];
//when the quotient is 1 or -1
assign qt_rt_const_pre_sel_q1[57:0]      = (rem_sign) ?
                                           qt_rt_const_q3[57:0] ://-1
                                           qt_rt_const_q1[57:0]; //1
assign qt_rt_mins_const_pre_sel_q1[57:0] = (rem_sign) ?
                                           qt_rt_const_q2[57:0] : //-1
                                           58'b0;

//After bound compare, the final selection
// &CombBeg; @606
always @( qt_rt_mins_const_pre_sel_q2[57:0]
       or qt_rt_mins_const_pre_sel_q1[57:0]
       or double_pipe_total_qt_rt_minus[57:0]
       or bound1_cmp_sign
       or total_qt_rt_pre_sel[57:0]
       or qt_rt_const_pre_sel_q1[57:0]
       or qt_rt_const_q3[57:0]
       or bound2_cmp_sign
       or qt_rt_const_pre_sel_q2[57:0]
       or double_pipe_total_qt_rt[57:0])
begin
casez({bound1_cmp_sign,bound2_cmp_sign})
  2'b00:// the quotient is -2 or 2
  begin
    total_qt_rt_next[57:0]       = total_qt_rt_pre_sel[57:0] |
                                      qt_rt_const_pre_sel_q2[57:0];
    total_qt_rt_minus_next[57:0] = total_qt_rt_pre_sel[57:0] |
                                      qt_rt_mins_const_pre_sel_q2[57:0];
  end
  2'b01:// quotient is -1 or 1
  begin
    total_qt_rt_next[57:0]       = total_qt_rt_pre_sel[57:0] |
                                      qt_rt_const_pre_sel_q1[57:0];
    total_qt_rt_minus_next[57:0] = total_qt_rt_pre_sel[57:0] |
                                      qt_rt_mins_const_pre_sel_q1[57:0];
  end
  2'b1?: // quotient is 0
  begin
    total_qt_rt_next[57:0]       = double_pipe_total_qt_rt[57:0];
    total_qt_rt_minus_next[57:0] = double_pipe_total_qt_rt_minus[57:0] |
                                      qt_rt_const_q3[57:0];
  end
  default:
  begin
    total_qt_rt_next[57:0]       = 58'b0;
    total_qt_rt_minus_next[57:0] = 58'b0;
  end
endcase
// &CombEnd; @634
end
assign double_total_qt_rt_next[57:0]       = total_qt_rt_next[57:0];
assign double_total_qt_rt_minus_next[57:0] = total_qt_rt_minus_next[57:0];
assign single0_total_qt_rt_next[27:0]       = total_qt_rt_next[57:30];
assign single0_total_qt_rt_minus_next[27:0] = total_qt_rt_minus_next[57:30];
assign half0_total_qt_rt_next[15:0]         = total_qt_rt_next[57:42];
assign half0_total_qt_rt_minus_next[15:0]   = total_qt_rt_minus_next[57:42];

//==========================================================
//      on fly round method to generate cur remainder
//==========================================================
//Division emainder add value
//Quoit 1
assign div_qt_1_rem_add_op1[59:0]     = ~{3'b0,double_pipe_srt_divisor[52:0],4'b0};
assign div_qt_1_rem_add_op1_s[30:0]   = ~{3'b0,double_pipe_srt_divisor[52:29],4'b0};
assign div_qt_1_rem_add_op1_h[18:0]   = ~{3'b0,double_pipe_srt_divisor[52:42],5'b0};
//Quoit 2
assign div_qt_2_rem_add_op1[59:0]     = ~{2'b0,double_pipe_srt_divisor[52:0],5'b0};
assign div_qt_2_rem_add_op1_s[30:0]   = ~{2'b0,double_pipe_srt_divisor[52:29],5'b0};
assign div_qt_2_rem_add_op1_h[18:0]   = ~{2'b0,double_pipe_srt_divisor[52:42],6'b0};
//Quoit -1
assign div_qt_r1_rem_add_op1[59:0]    =  {3'b0,double_pipe_srt_divisor[52:0],4'b0};
assign div_qt_r1_rem_add_op1_s[30:0]  =  {3'b0,double_pipe_srt_divisor[52:29],4'b0};
assign div_qt_r1_rem_add_op1_h[18:0]  =  {3'b0,double_pipe_srt_divisor[52:42],5'b0};
//Quoit -2
assign div_qt_r2_rem_add_op1[59:0]    =  {2'b0,double_pipe_srt_divisor[52:0],5'b0};
assign div_qt_r2_rem_add_op1_s[30:0]  =  {2'b0,double_pipe_srt_divisor[52:29],5'b0};
assign div_qt_r2_rem_add_op1_h[18:0]  =  {2'b0,double_pipe_srt_divisor[52:42],6'b0};

//Sqrt remainder add value op1
//Quoit 1
assign sqrt_qt_1_rem_add_op1[59:0]    = ~({2'b0,double_pipe_total_qt_rt[57:0]} |
                                        {3'b0,qt_rt_const_q1[57:1]});
assign sqrt_qt_1_rem_add_op1_s[30:0]  = ~({2'b0,double_pipe_total_qt_rt[57:30],1'b0} |
                                         {3'b0,qt_rt_const_q1[57:30]});
assign sqrt_qt_1_rem_add_op1_h[18:0]  = ~({2'b0,double_pipe_total_qt_rt[57:42],1'b0} |
                                         {3'b0,qt_rt_const_q1[57:42]});
//Quoit 2
assign sqrt_qt_2_rem_add_op1[59:0]  = ~({1'b0,double_pipe_total_qt_rt[57:0],1'b0} |
                                        {1'b0,qt_rt_const_q1[57:0],1'b0});

assign sqrt_qt_2_rem_add_op1_s[30:0]  = ~({1'b0,double_pipe_total_qt_rt[57:30],2'b0} |
                                        {1'b0,qt_rt_const_q1[57:30],2'b0});
assign sqrt_qt_2_rem_add_op1_h[18:0]  = ~({1'b0,double_pipe_total_qt_rt[57:42],2'b0} |
                                        {1'b0,qt_rt_const_q1[57:42],2'b0});
//Quoit -1
assign sqrt_qt_r1_rem_add_op1[59:0] =   {2'b0,double_pipe_total_qt_rt_minus[57:0]} |
                                        {1'b0,qt_rt_const_q1[57:0],1'b0}  |
                                        {2'b0,qt_rt_const_q1[57:0]}       |
                                        {3'b0,qt_rt_const_q1[57:1]};
assign sqrt_qt_r1_rem_add_op1_s[30:0] =   {2'b0,double_pipe_total_qt_rt_minus[57:30],1'b0} |
                                        {1'b0,qt_rt_const_q1[57:30],2'b0}  |
                                        {2'b0,qt_rt_const_q1[57:30],1'b0}       |
                                        {3'b0,qt_rt_const_q1[57:30]};
assign sqrt_qt_r1_rem_add_op1_h[18:0] =   {2'b0,double_pipe_total_qt_rt_minus[57:42],1'b0} |
                                        {1'b0,qt_rt_const_q1[57:42],2'b0}  |
                                        {2'b0,qt_rt_const_q1[57:42],1'b0}       |
                                        {3'b0,qt_rt_const_q1[57:42]};
//Quoit -2
assign sqrt_qt_r2_rem_add_op1[59:0] =   {1'b0,
                                         double_pipe_total_qt_rt_minus[57:0],1'b0} |
                                        {qt_rt_const_q1[57:0],2'b0}       |
                                        {1'b0,qt_rt_const_q1[57:0],1'b0};
assign sqrt_qt_r2_rem_add_op1_s[30:0] =   {1'b0,
                                         double_pipe_total_qt_rt_minus[57:30],2'b0} |
                                        {qt_rt_const_q1[57:30],3'b0}       |
                                        {1'b0,qt_rt_const_q1[57:30],2'b0};
assign sqrt_qt_r2_rem_add_op1_h[18:0] =   {1'b0,
                                         double_pipe_total_qt_rt_minus[57:42],2'b0} |
                                        {qt_rt_const_q1[57:42],3'b0}       |
                                        {1'b0,qt_rt_const_q1[57:42],2'b0};
//Remainder Adder select logic
// &CombBeg; @706
always @( div_qt_1_rem_add_op1_s[30:0]
       or sqrt_qt_2_rem_add_op1_h[18:0]
       or rem_sign
       or div_qt_1_rem_add_op1[59:0]
       or sqrt_qt_r2_rem_add_op1[59:0]
       or div_qt_2_rem_add_op1_h[18:0]
       or sqrt_qt_r1_rem_add_op1[59:0]
       or sqrt_qt_1_rem_add_op1[59:0]
       or div_qt_r1_rem_add_op1[59:0]
       or div_qt_r2_rem_add_op1_h[18:0]
       or div_qt_2_rem_add_op1[59:0]
       or fdsu_ex2_sqrt
       or sqrt_qt_2_rem_add_op1[59:0]
       or sqrt_qt_r2_rem_add_op1_h[18:0]
       or div_qt_r1_rem_add_op1_s[30:0]
       or sqrt_qt_r1_rem_add_op1_h[18:0]
       or sqrt_qt_2_rem_add_op1_s[30:0]
       or sqrt_qt_r2_rem_add_op1_s[30:0]
       or sqrt_qt_1_rem_add_op1_h[18:0]
       or div_qt_r1_rem_add_op1_h[18:0]
       or sqrt_qt_r1_rem_add_op1_s[30:0]
       or div_qt_1_rem_add_op1_h[18:0]
       or div_qt_r2_rem_add_op1_s[30:0]
       or div_qt_r2_rem_add_op1[59:0]
       or sqrt_qt_1_rem_add_op1_s[30:0]
       or div_qt_2_rem_add_op1_s[30:0])
begin
case({rem_sign,fdsu_ex2_sqrt})
  2'b01:
  begin
        rem_add1_op1[59:0]   = sqrt_qt_1_rem_add_op1[59:0];
        rem_add2_op1[59:0]   = sqrt_qt_2_rem_add_op1[59:0];
        rem_add1_op1_s[30:0] = sqrt_qt_1_rem_add_op1_s[30:0];
        rem_add2_op1_s[30:0] = sqrt_qt_2_rem_add_op1_s[30:0];
        rem_add1_op1_h[18:0] = sqrt_qt_1_rem_add_op1_h[18:0];
        rem_add2_op1_h[18:0] = sqrt_qt_2_rem_add_op1_h[18:0];
  end
  2'b00:
  begin
        rem_add1_op1[59:0]   = div_qt_1_rem_add_op1[59:0];
        rem_add2_op1[59:0]   = div_qt_2_rem_add_op1[59:0];
        rem_add1_op1_s[30:0] = div_qt_1_rem_add_op1_s[30:0];
        rem_add2_op1_s[30:0] = div_qt_2_rem_add_op1_s[30:0];
        rem_add1_op1_h[18:0] = div_qt_1_rem_add_op1_h[18:0];
        rem_add2_op1_h[18:0] = div_qt_2_rem_add_op1_h[18:0];
  end
  2'b11:
  begin
        rem_add1_op1[59:0]   = sqrt_qt_r1_rem_add_op1[59:0];
        rem_add2_op1[59:0]   = sqrt_qt_r2_rem_add_op1[59:0];
        rem_add1_op1_s[30:0] = sqrt_qt_r1_rem_add_op1_s[30:0];
        rem_add2_op1_s[30:0] = sqrt_qt_r2_rem_add_op1_s[30:0];
        rem_add1_op1_h[18:0] = sqrt_qt_r1_rem_add_op1_h[18:0];
        rem_add2_op1_h[18:0] = sqrt_qt_r2_rem_add_op1_h[18:0];
  end
  2'b10:
  begin
        rem_add1_op1[59:0]   = div_qt_r1_rem_add_op1[59:0];
        rem_add2_op1[59:0]   = div_qt_r2_rem_add_op1[59:0];
        rem_add1_op1_s[30:0] = div_qt_r1_rem_add_op1_s[30:0];
        rem_add2_op1_s[30:0] = div_qt_r2_rem_add_op1_s[30:0];
        rem_add1_op1_h[18:0] = div_qt_r1_rem_add_op1_h[18:0];
        rem_add2_op1_h[18:0] = div_qt_r2_rem_add_op1_h[18:0];
  end
  default :
  begin
        rem_add1_op1[59:0] = 60'b0;
        rem_add2_op1[59:0] = 60'b0;
        rem_add1_op1_s[30:0] = 31'b0;
        rem_add2_op1_s[30:0] = 31'b0;
        rem_add1_op1_h[18:0] = 19'b0;
        rem_add2_op1_h[18:0] = 19'b0;
  end
  endcase
// &CombEnd; @754
end
assign srt_remainder_shift[59:0] = {double_pipe_srt_remainder[59],
                                    double_pipe_srt_remainder[56:0],2'b0};
assign srt_remainder_shift_s[30:0] = {double_pipe_srt_remainder[59],
                                    double_pipe_srt_remainder[56:29],2'b0};
assign srt_remainder_shift_h[18:0] = {double_pipe_srt_remainder[59],
                                    double_pipe_srt_remainder[56:41],2'b0};
assign srt_remainder_shift_cur[59:0] = {60{fdsu_ex2_double}} & srt_remainder_shift[59:0]  |
                                       {60{fdsu_ex2_single}} & {srt_remainder_shift_s[30:0],29'b0} |
                                       {60{(fdsu_ex2_half 
                                        || fdsu_ex2_bhalf)}} & {srt_remainder_shift_h[18:0],41'b0};
assign double_srt_remainder_shift[59:0]     = srt_remainder_shift[59:0];
// adder 1
assign double_srt_remainder_add1_op1[59:0]  = rem_add1_op1[59:0];
assign double_srt_remainder_add1_op2[59:0]  = {59'b0, ~rem_sign};

//adder 2
assign double_srt_remainder_add2_op1[59:0]  = rem_add2_op1[59:0];
assign double_srt_remainder_add2_op2[59:0]  = {59'b0, ~rem_sign};

// &Force("nonport","rem_add1_op1_h"); @786
// &Force("nonport","rem_add1_op1_s"); @787
// &Force("nonport","rem_add2_op1_h"); @788
// &Force("nonport","rem_add2_op1_s"); @789
//Remainder add
//assign cur_doub_rem_1[59:0]      = srt_remainder_shift[59:0] +
//                                   rem_add1_op1[59:0]    +
//                                   {59'b0, ~rem_sign};
//assign cur_doub_rem_2[59:0]      = srt_remainder_shift[59:0] +
//                                   rem_add2_op1[59:0]    +
//                                   {59'b0, ~rem_sign};
//assign cur_rem_1[59:0]           = cur_doub_rem_1[59:0];
//assign cur_rem_2[59:0]           = cur_doub_rem_2[59:0];
//Generate srt remainder update value
// &CombBeg; @801
always @( srt_remainder_shift_cur[59:0]
       or bound1_cmp_sign
       or double_pipe_cur_rem_1[59:0]
       or double_pipe_cur_rem_2[59:0]
       or bound2_cmp_sign)
begin
case({bound1_cmp_sign,bound2_cmp_sign})
  2'b00:   cur_rem[59:0]         = double_pipe_cur_rem_2[59:0];  //+-2
  2'b01:   cur_rem[59:0]         = double_pipe_cur_rem_1[59:0];  //+-1
  default: cur_rem[59:0]         = srt_remainder_shift_cur[59:0]; //0
endcase
// &CombEnd; @807
end
assign double_remainder_nxt[59:0]   = cur_rem[59:0];
assign single0_remainder_nxt[30:0]  = cur_rem[59:29];
assign half0_remainder_nxt[18:0]    = cur_rem[59:41];
assign bhalf0_remainder_nxt[14:0]   = cur_rem[59:45];

// &Force("output","double_remainder_nxt"); @813
//Remainder is zero signal in EX3

assign double_pipe_srt_remainder_zero         = srt_remainder_zero;
assign double_srt_remainder_zero  = ~|double_srt_remainder[59:0];
assign srt_remainder_zero = double_srt_remainder_zero;
// //&Force("output","srt_remainder_zero"); @829
assign srt_remainder_sign        =   double_remainder_nxt[59];
// to dp single 
assign double_pipe_ex2_uf = ex2_uf;
// &ModuleEnd; @833
endmodule